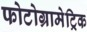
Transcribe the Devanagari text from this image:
फोटोग्रामेट्रिक